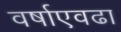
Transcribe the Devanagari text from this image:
वर्षाएवढा